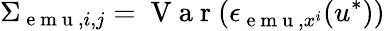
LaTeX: \Sigma_{\mathrm{~e~m~u~},i,j}=\mathrm{~V~a~r~}(\epsilon_{\mathrm{~e~m~u~},x^{i}}(u^{*}))